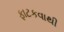
ફાટકવાથી